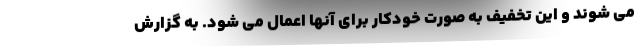
می شوند و این تخفیف به صورت خودکار برای آنها اعمال می شود. به گزارش